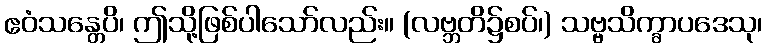
ဧဝံသန္တေပိ၊ ဤသို့ဖြစ်ပါသော်လည်း။ (လဗ္ဘတိ၌စပ်၊) သဗ္ဗသိက္ခာပဒေသု၊